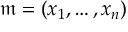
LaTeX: { \mathfrak { m } } = ( x _ { 1 } , \ldots , x _ { n } )